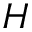
H